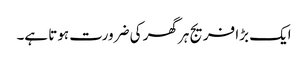
ایک بڑا فریج ہر گھر کی ضرورت ہوتا ہے۔